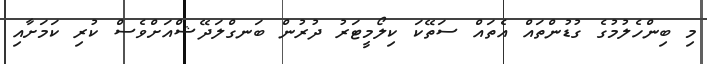
މި ބިންހެލުމުގެ ގުޑުންތައް އެތައް ސަތޭކަ ކިލޯމީޓަރު ދުރުން ބަނގްލަދޭޝްއަށްވެސް ކުރި ކަމަށާއި